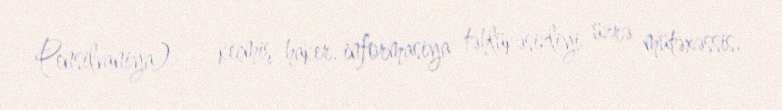
Pensilvaniya) — keçmiş haker, informasiya təhlükəsizliyi üzrə mütəxəssis.